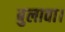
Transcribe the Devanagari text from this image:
बुलावा।